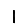
Digit: 1